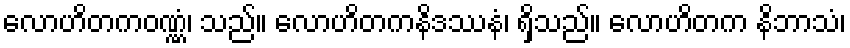
လောဟိတကဝဏ္ဏံ၊ သည်။ လောဟိတကနိဒဿနံ၊ ရှိသည်။ လောဟိတက နိဘာသံ၊